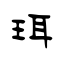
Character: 珥